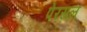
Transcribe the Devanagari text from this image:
पेरसल